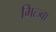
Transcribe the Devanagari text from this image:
मित्ज्वा